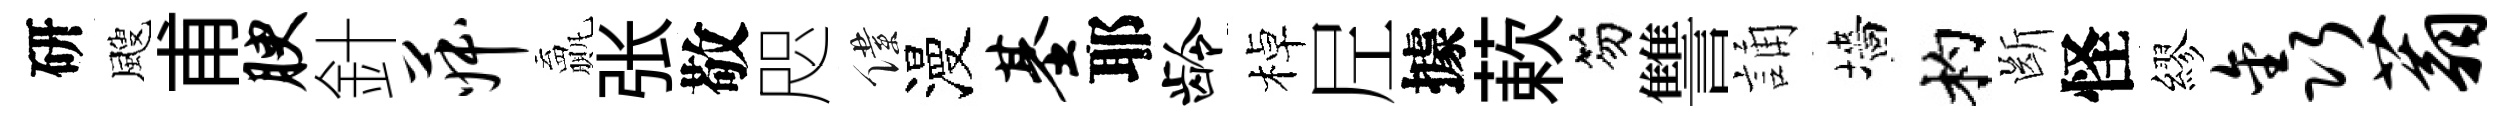
研颼甫腴針菽贏张敬咫僕漫基耶龄棹𡰱據蔌笏讐誦墻杓㫁怪繆鑫蓊